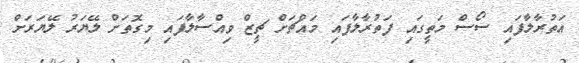
އަތުރާލާފައި ސޯސް މަތީގައި ފަތުރާލާފައި މައްޗަށް ޗީޒް ވިއްސާލާފައި މިގޮތަށް ލޭޔަރު ލޭޔަރަށް